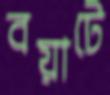
বয়াটে